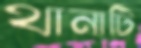
থানাটি